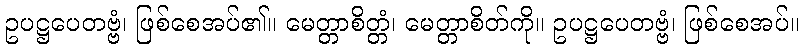
ဥပဋ္ဌပေတဗ္ဗံ၊ ဖြစ်စေအပ်၏။ မေတ္တာစိတ္တံ၊ မေတ္တာစိတ်ကို။ ဥပဋ္ဌပေတဗ္ဗံ၊ ဖြစ်စေအပ်။